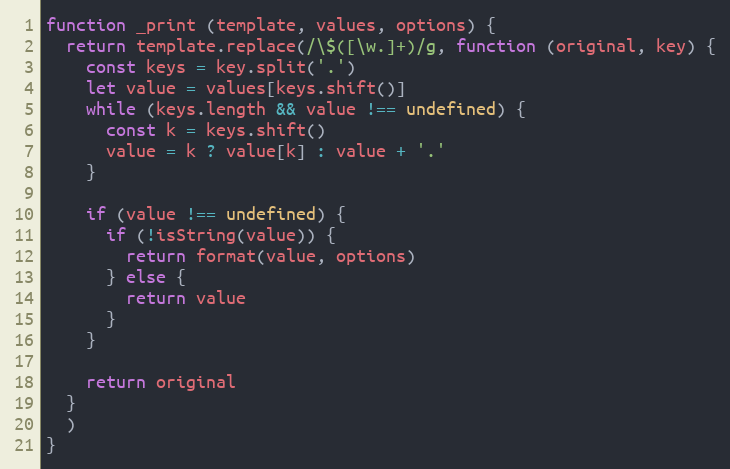
Language: JavaScript
function _print (template, values, options) {
  return template.replace(/\$([\w.]+)/g, function (original, key) {
    const keys = key.split('.')
    let value = values[keys.shift()]
    while (keys.length && value !== undefined) {
      const k = keys.shift()
      value = k ? value[k] : value + '.'
    }

    if (value !== undefined) {
      if (!isString(value)) {
        return format(value, options)
      } else {
        return value
      }
    }

    return original
  }
  )
}